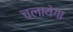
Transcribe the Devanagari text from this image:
चलायेगा